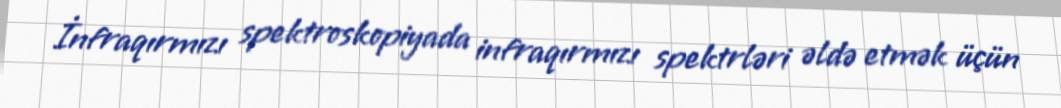
İnfraqırmızı spektroskopiyada infraqırmızı spektrləri əldə etmək üçün